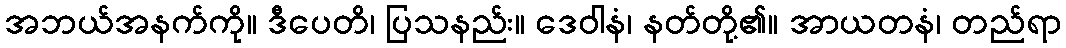
အဘယ်အနက်ကို။ ဒီပေတိ၊ ပြသနည်း။ ဒေဝါနံ၊ နတ်တို့၏။ အာယတနံ၊ တည်ရာ